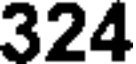
324